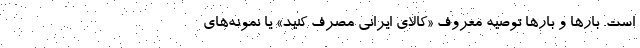
است. بارها و بارها توصیه‌ معروف «کالای ایرانی مصرف کنید» یا نمونه‌های